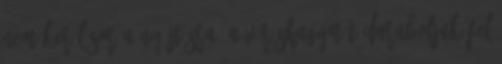
nem kerül sor a nyújtásra. A vöröshagymát daraboljuk fel